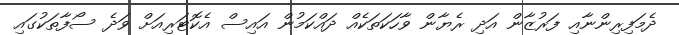
ދެމަފިރިންނާއި ފަރުޒާން އަދި ރެޔާން ވާހަކަތަކެއް ދައްކަމުން އައިސް އެކޮޓަރިއަށް ވަދެ ސޯފާތަކުގައި